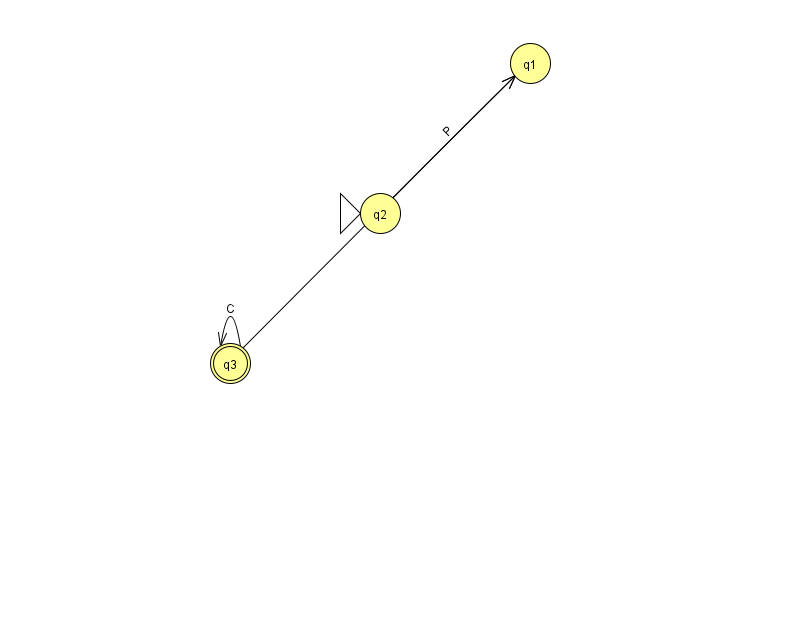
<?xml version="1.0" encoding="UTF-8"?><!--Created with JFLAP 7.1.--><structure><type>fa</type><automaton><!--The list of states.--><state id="1" name="q1"><x>530.0</x><y>50.0</y></state><state id="2" name="q2"><x>380.0</x><y>200.0</y><initial/></state><state id="3" name="q3"><x>230.0</x><y>350.0</y><final/></state><!--The list of transitions.--><transition><from>2</from><to>1</to><read>P</read></transition><transition><from>3</from><to>3</to><read>C</read></transition><transition><from>3</from><to>1</to><read>T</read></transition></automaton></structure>